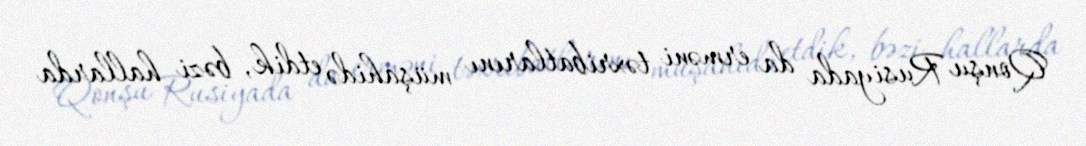
Qonşu Rusiyada da erməni təxribatlarını müşahidə etdik, bəzi hallarda